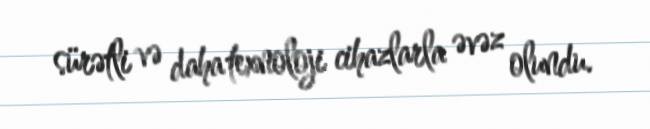
sürətli və daha texnoloji cihazlarla əvəz olundu.